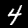
Label: 4